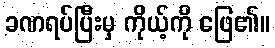
ခဏရပ်ပြီးမှ ကိုယ့်ကို ဖြေ၏။